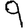
Digit: 9